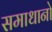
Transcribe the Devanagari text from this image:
समाधानो